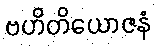
ဗဟိတိယောဇနံ